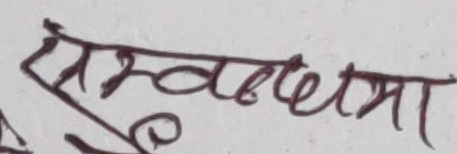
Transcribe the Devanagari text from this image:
स्मवच्छमा